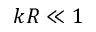
k R \ll 1